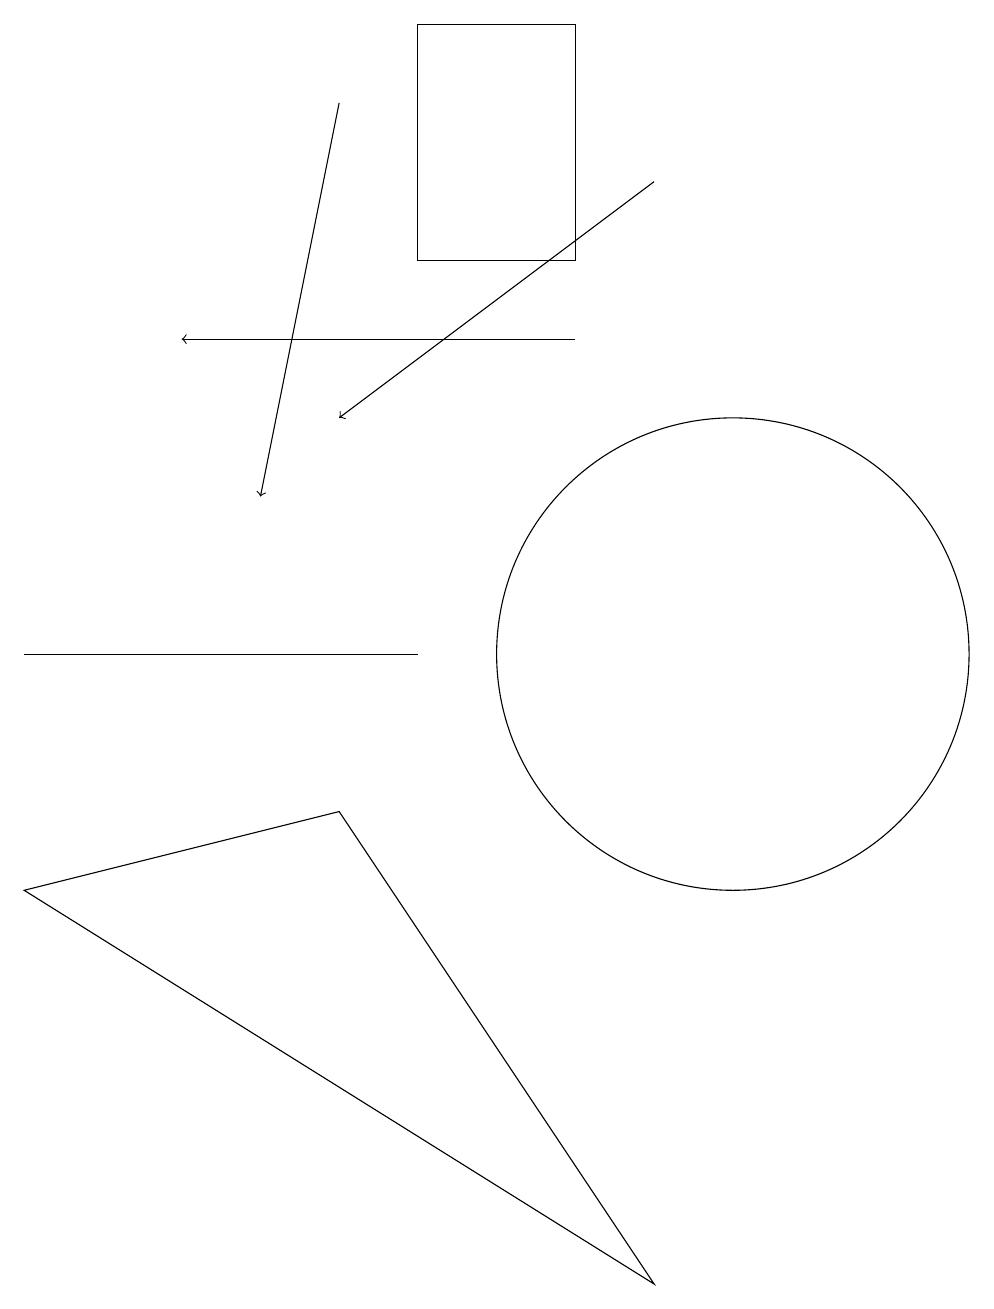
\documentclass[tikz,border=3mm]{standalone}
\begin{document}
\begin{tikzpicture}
\draw (9,2) -- (5,8) -- (1,7) -- cycle;
\draw (6,10) rectangle (1,10);
\draw[->] (9,16) -- (5,13);
\draw[->] (5,17) -- (4,12);
\draw (8,15) rectangle (6,18);
\draw[->] (8,14) -- (3,14);
\draw (10,10) circle (3);
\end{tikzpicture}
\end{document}